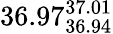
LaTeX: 36.97_{36.94}^{37.01}